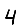
Digit: 4